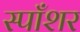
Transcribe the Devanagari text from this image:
स्पाँशर